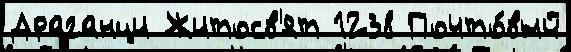
Драганци Житосв'ят 1238 Почто́вый